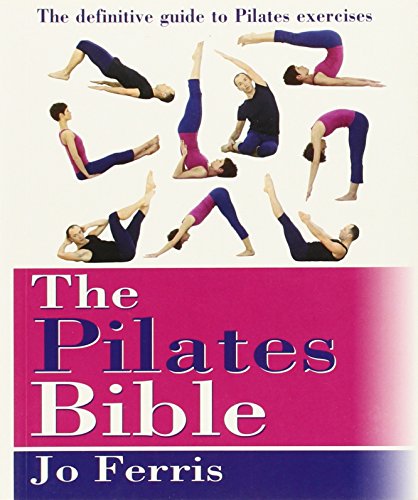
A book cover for The Pilates Bible: The definitive guide to Pilates exercises; Jo Ferris; Health, Fitness & Dieting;